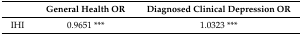
|  | General Health OR | Diagnosed Clinical Depression OR |
 | --- | --- | --- |
 | IHI | 0.9651 *** | 1.0323 *** |